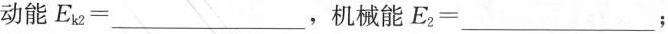
动能$$E_{k2}=___$$，机械能$$E_{2}=___$$；